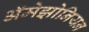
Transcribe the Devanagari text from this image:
ॲमेझोनियन